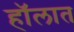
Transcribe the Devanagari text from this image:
हॉलात